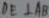
D E \bot A B